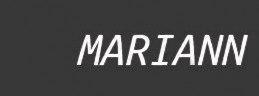
MARIANN